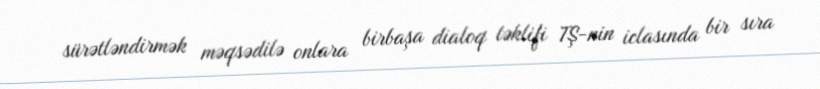
sürətləndirmək məqsədilə onlara birbaşa dialoq təklifi TŞ-nin iclasında bir sıra